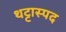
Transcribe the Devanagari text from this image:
थट्टास्पद